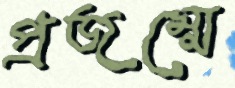
প্রজম্মে